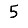
Digit: 5